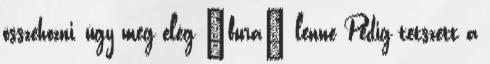
összehozni, úgy meg elég “fura” lenne Pedig tetszett a